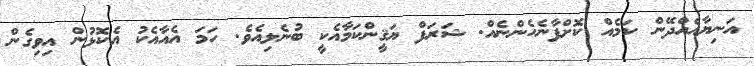
އަނިޔާއެއްދޭން ކަމެއް ކޮށްފާނެހެންނެއް. ޝަރަފް ޔަޤީންކަމާއެކީ ބުނެލިއެވެ. ހަމަ އެއާއެކު އެކޮޅުން އިވިގެން